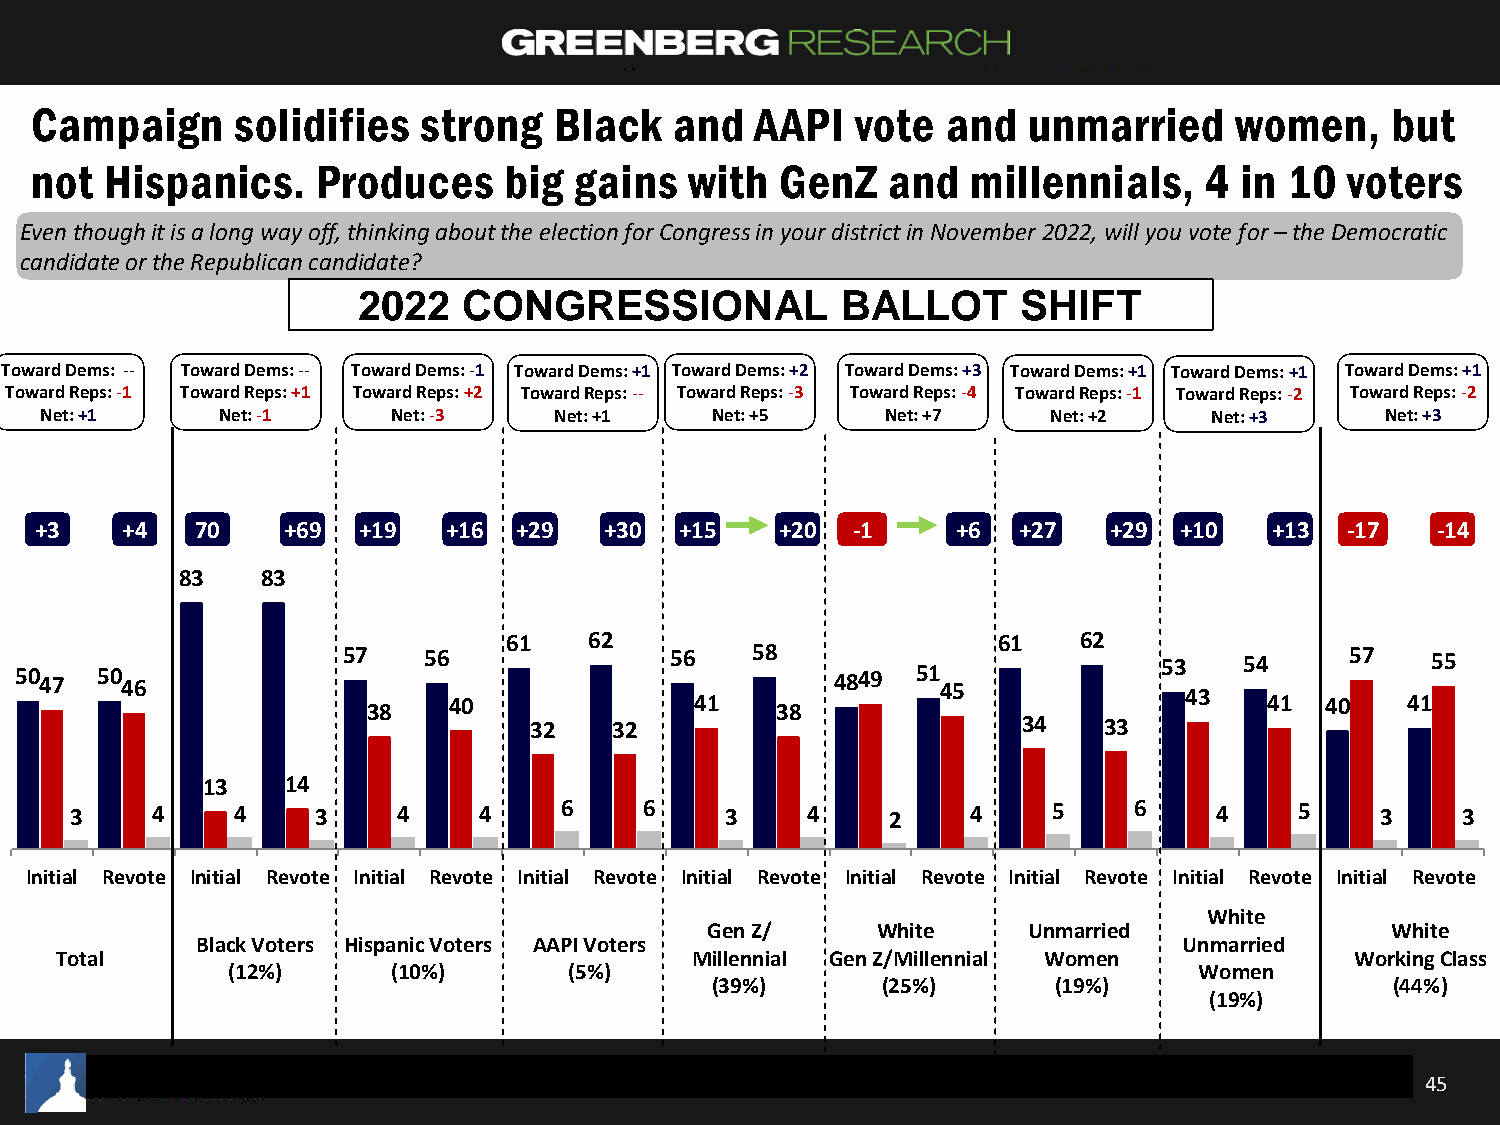
Campaign      solidifies  strong   Black   and  AAPI   vote  and  unmarried     women,    but
 not  Hispanics.    Produces    big  gains   with  GenZ   and  millennials,    4 in 10  voters
 Even though it is a long way off, thinking about the election for Congress in your district in November 2022, will you vote for –the Democratic
 candidate or the Republican candidate?
 2022   CONGRESSIONAL            BALLOT      SHIFT
 Democratic Candiate   Republican Candidate   Other/Undecided
 Toward Dems: -- Toward Dems: -- Toward Dems: -1 Toward Dems: +1 Toward Dems: +2 Toward Dems: +3 Toward Dems: +1 Toward Dems: +1 Toward Dems: +1
 Toward Reps: -1 Toward Reps: +1 Toward Reps: +2 Toward Reps: -- Toward Reps: -3 Toward Reps: -4 Toward Reps: -1 Toward Reps: -2 Toward Reps: -2
 Net:+1     Net: -1     Net: -3    Net: +1   Net: +5     Net:+7     Net: +2   Net: +3     Net: +3
 +3    +4   70    +69  +19   +16 +29   +30  +15    +20 -1     +6  +27    +29 +10   +13  -17   -14
 83   83
 61   62                         61   62
 50 47 50 46           57 38 56 40          56 41 58 38 4849 51 45           53 43 54 41 4057 4155
 32    32                         34   33
 13    14
 3    4    4     3    4     4    6     6    3    4     2    4     5    6     4    5    3     3
 Initial Revote Initial Revote Initial Revote Initial Revote Initial Revote Initial Revote Initial Revote Initial Revote Initial Revote
 White
 Gen Z/     White     Unmarried               White
 Black Voters Hispanic Voters AAPI Voters                         Unmarried
 Total                                     Millennial Gen Z/Millennial Women           Working Class
 (12%)      (10%)       (5%)                                     Women
 (39%)      (25%)       (19%)                 (44%)
 (19%)
 45